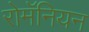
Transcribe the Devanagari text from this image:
रोमॅनियन